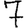
Digit: 7